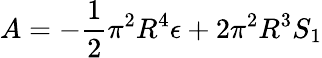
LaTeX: A=-\frac{1}{2}\pi^{2}R^{4}\epsilon+2\pi^{2}R^{3}S_{1}